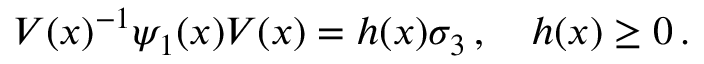
V ( x ) ^ { - 1 } \psi _ { 1 } ( x ) V ( x ) = h ( x ) \sigma _ { 3 } \, , \quad h ( x ) \geq 0 \, .